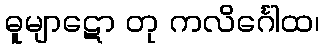
ဓူမျာဋော တု ကလိင်္ဂေါထ၊